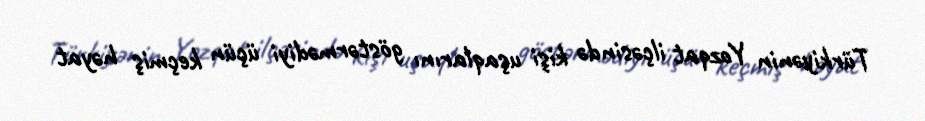
Türkiyənin Yozqat ilçəsində kişi uşaqlarını göstərmədiyi üçün keçmiş həyat